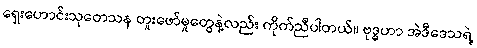
ရှေးဟောင်းသုတေသန တူးဖော်မှုတွေနဲ့လည်း ကိုက်ညီပါတယ်။ ဗုဒ္ဓဟာ အဲဒီဒေသရဲ့